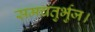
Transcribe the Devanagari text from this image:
समचतुर्भुज।